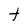
Character: t